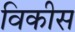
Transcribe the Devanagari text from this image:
विकीस